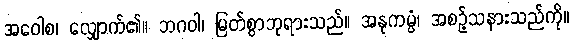
အဝေါစ၊ လျှောက်၏။ ဘဂဝါ၊ မြတ်စွာဘုရားသည်။ အနုကမ္ပံ၊ အစဉ့်သနားသည်ကို။